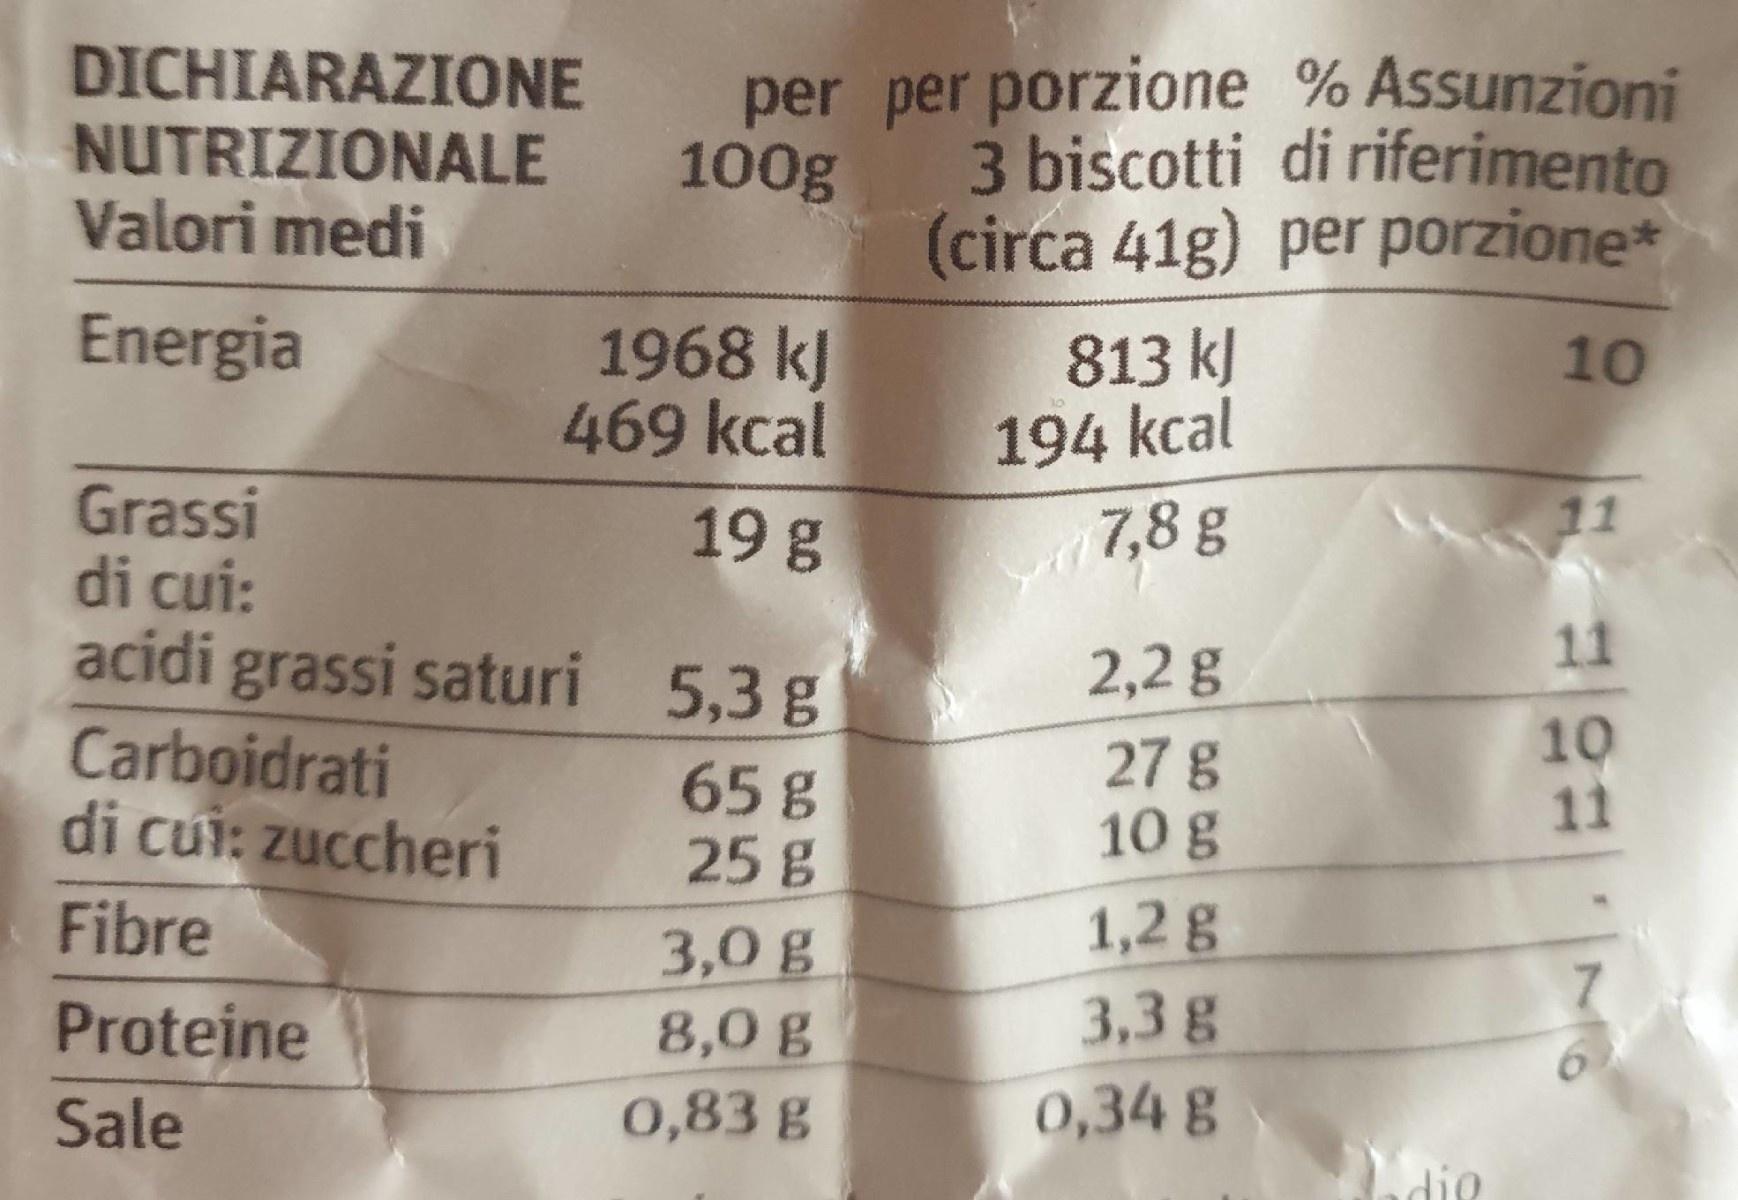
DICHIARAZIONE NUTRIZIONALE 100g 3 biscotti di riferimento Valori medi
per per porzione % Assunzioni
(circa 41g) per porzione*
Energia
1968 kJ 469 kcal
813 kJ 194 kcal 7,8 g
10
Grassi di cui: acidi grassi saturi 5,3 g
19 g
11
11
2,2 g
Carboidrati di cui: zuccheri
27g 10 g
10 11
65g 25 g 3,0 g 8,0 g 0,83 g
1,2 g 3,3 g
Fibre
Proteine
Sale
0,34 g
dio